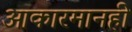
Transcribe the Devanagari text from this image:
आकारमानही